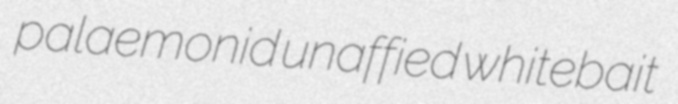
palaemonid unaffied whitebait